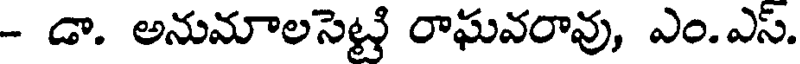
- డా. అనుమాలసెట్టి రాఘవరావు, ఎం.ఎస్.